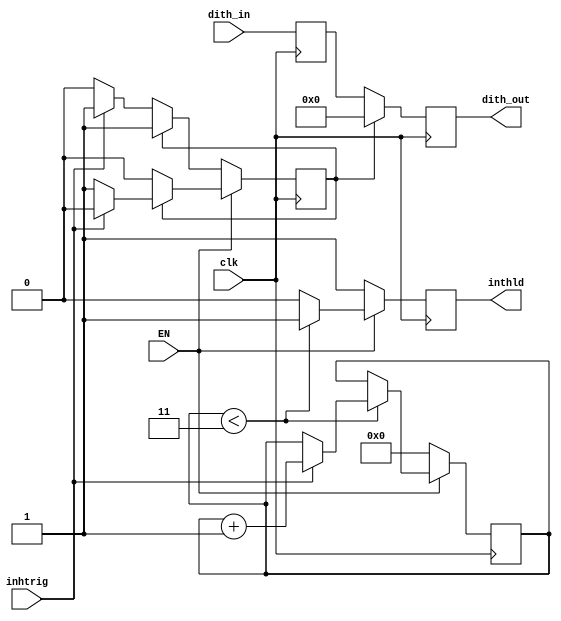
`timescale 1ns / 1ps // <simulation time step> / <simulation time step precision>
//////////////////////////////////////////////////////////////////////////////////
// Module that gates a dither and outputs a signal to hold the integrator of the dither lock. 
// When the FM_MOT cycle begins, EN goes HIGH, the dither starts on an inhtrig transition to HIGH, the dither integrator hold, inthld, goes LOW after a delay of NIhld+1 dither cycles, which are counted by Ncyc. 
//
// Daniel Schussheim and Kurt Gibble
//////////////////////////////////////////////////////////////////////////////////
module ditherInhibit#(parameter N_B = 16, NIhld = 2)(
    input  wire clk,
                EN,                       // enable signal (from FM_MOT module)
                inhtrig,                   // trigger (from ditherLock module)
    input  wire signed [N_B-1:0] dith_in, // input dither signal
    output reg                   inthld,
    output reg  signed [N_B-1:0] dith_out // gated dither output
);
    
reg signed [N_B-1:0] dith_old;
reg                  dithStop = 0;
reg [31:0] Ncyc = 0; 
always @(posedge clk) begin
    dith_old <= dith_in;
    if (!EN) begin
        if (!dithStop) begin
            dith_out <= dith_old;
            if (inhtrig) dithStop <= 1;
            else        dithStop <= 0;
        end
        else begin
            dith_out <= 0;
            dithStop <= 1;
        end
    end
    else begin
        if (dithStop) begin
            dith_out <= 0;
            if (inhtrig) dithStop <= 0;
            else        dithStop <= 1;
        end
        else begin
            dith_out <= dith_old;
            dithStop <= 0;
        end
    end
    // A HIGH inthld output pauses the dither lock integrator.
    // When EN is LOW, inthld is set to HIGH and Ncyc resets to 0, so there is a delay before enabling the dither integrator 
    if (!EN) begin
        inthld <= 1;
        Ncyc <= 0;
    end
    else begin
        // Ncyc counts to delay the enable for the dither integrator.
        if (Ncyc < NIhld+1) begin 
            // Dither cycles, Ncyc, are incremented on rising edges of inhtrig.
  	        if (inhtrig) Ncyc <= Ncyc + 1;
            else Ncyc <= Ncyc;
            inthld <= 1;
        end 
        else begin
            Ncyc <= Ncyc;
            inthld <= 0;
        end
    end
end

endmodule